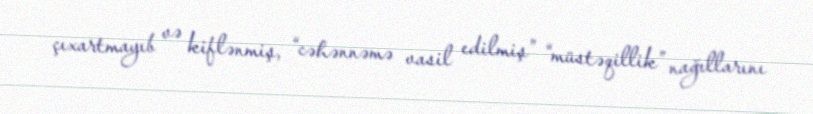
çıxartmayıb və kiflənmiş, “cəhənnəmə vasil edilmiş” “müstəqillik” nağıllarını